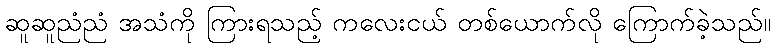
ဆူဆူညံညံ အသံကို ကြားရသည့် ကလေးငယ် တစ်ယောက်လို ကြောက်ခဲ့သည်။